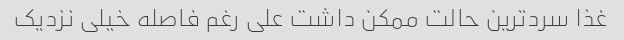
غذا سرد‌ترین حالت ممکن داشت علی رغم فاصله خیلی نزدیک